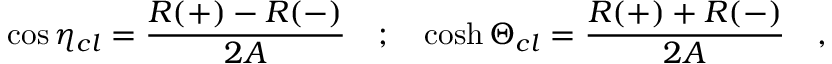
\cos \eta _ { c l } = \frac { R ( + ) - R ( - ) } { 2 A } \quad ; \quad \cosh \Theta _ { c l } = \frac { R ( + ) + R ( - ) } { 2 A } \quad ,